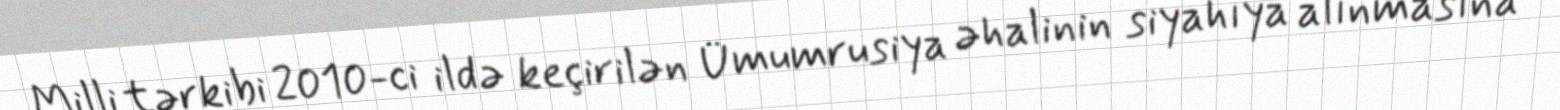
Milli tərkibi 2010-ci ildə keçirilən Ümumrusiya əhalinin siyahıya alınmasına